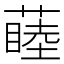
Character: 𬞝